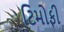
ટિમોફી